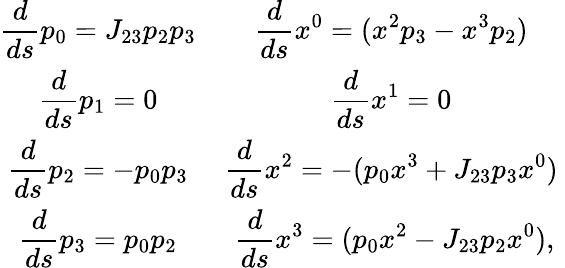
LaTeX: \begin{array}{cc}{{\displaystyle\frac{d}{ds}p_{0}=J_{23}p_{2}p_{3}}}&{{\displaystyle\frac{d}{ds}x^{0}=(x^{2}p_{3}-x^{3}p_{2})\ }}\\ {{\displaystyle\frac{d}{ds}p_{1}=0}}&{{\displaystyle\frac{d}{ds}x^{1}=0\ }}\\ {{\displaystyle\frac{d}{ds}p_{2}=-p_{0}p_{3}}}&{{\displaystyle\frac{d}{ds}x^{2}=-(p_{0}x^{3}+J_{23}p_{3}x^{0})\ }}\\ {{\displaystyle\frac{d}{ds}p_{3}=p_{0}p_{2}}}&{{\displaystyle\frac{d}{ds}x^{3}=(p_{0}x^{2}-J_{23}p_{2}x^{0}),}}\end{array}